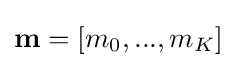
\mathbf {m} =[m_{0},...,m_{K}]